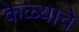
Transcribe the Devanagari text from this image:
केळ्याचे